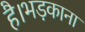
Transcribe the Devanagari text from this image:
है।भड़काना